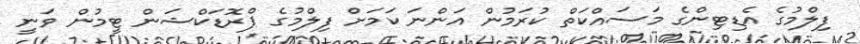
ފިލްމުގެ އެޑިޓިންގެ މަސައްކަތް ކުރަމުން އަންނަ ކަމަށް ފިލްމުގެ ޕްރޮޑަކްޝަން ޓީމުން ވަނީ